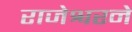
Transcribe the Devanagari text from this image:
राजेश्वरने